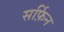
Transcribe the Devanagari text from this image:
सर्फ़िन